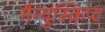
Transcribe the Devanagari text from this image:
मैन्युस्क्रिप्ट